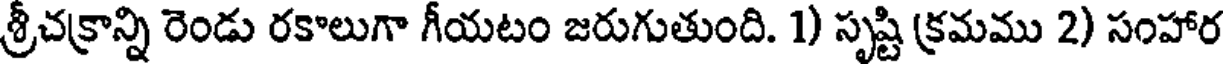
శ్రీచక్రాన్ని రెండు రకాలుగా గీయటం జరుగుతుంది. 1) సృష్టి క్రమము 2) సంహార